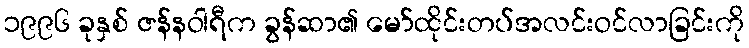
၁၉၉၆ ခုနှစ် ဇန်နဝါရီက ခွန်ဆာ၏ မော်ထိုင်းတပ်အလင်းဝင်လာခြင်းကို